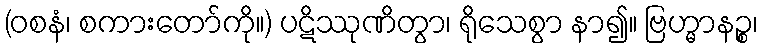
(ဝစနံ၊ စကားတော်ကို။) ပဋိဿုဏိတွာ၊ ရိုသေစွာ နာ၍။ ဗြဟ္မာနဉ္စ၊